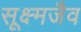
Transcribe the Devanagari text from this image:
सूक्ष्मजैव